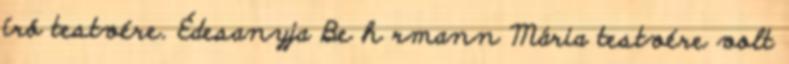
író testvére. Édesanyja Be h rmann Mária testvére volt